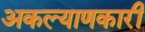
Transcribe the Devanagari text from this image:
अकल्याणकारी